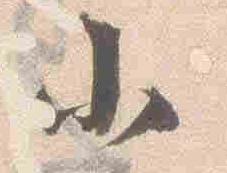
小